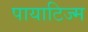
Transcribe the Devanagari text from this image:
पायाटिज्म